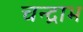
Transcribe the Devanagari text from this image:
चन्द्राभ